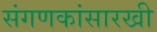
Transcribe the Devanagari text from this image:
संगणकांसारखी